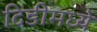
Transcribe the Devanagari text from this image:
दिंडीमध्ये